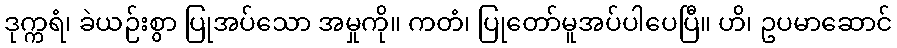
ဒုက္ကရံ၊ ခဲယဉ်းစွာ ပြုအပ်သော အမှုကို။ ကတံ၊ ပြုတော်မူအပ်ပါပေပြီ။ ဟိ၊ ဥပမာဆောင်